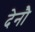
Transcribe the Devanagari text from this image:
देनौ